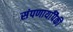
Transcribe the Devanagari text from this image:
संपणार्यांपैकी